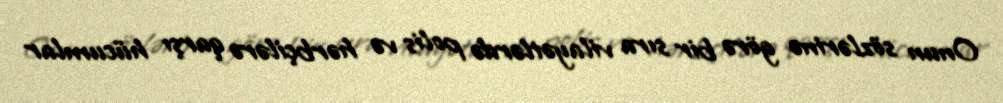
Onun sözlərinə görə bir sıra vilayətlərdə polis və hərbçilərə qarşı hücumlar